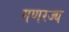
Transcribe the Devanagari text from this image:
गणरज्य